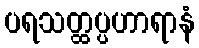
ပရသတ္ထပ္ပဟာရာနံ